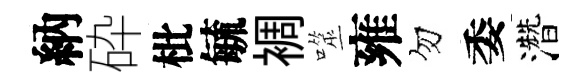
納砕枇毓裯噬雍勿委濳